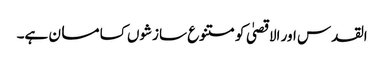
القدس اور الاقصیٰ کو متنوع سازشوں کسا مسان ہے۔